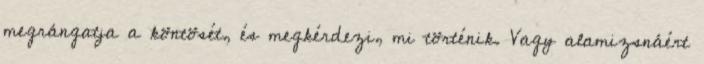
megrángatja a köntösét, és megkérdezi, mi történik. Vagy alamizsnáért